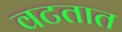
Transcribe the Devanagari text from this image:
वटतात